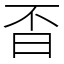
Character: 㫘